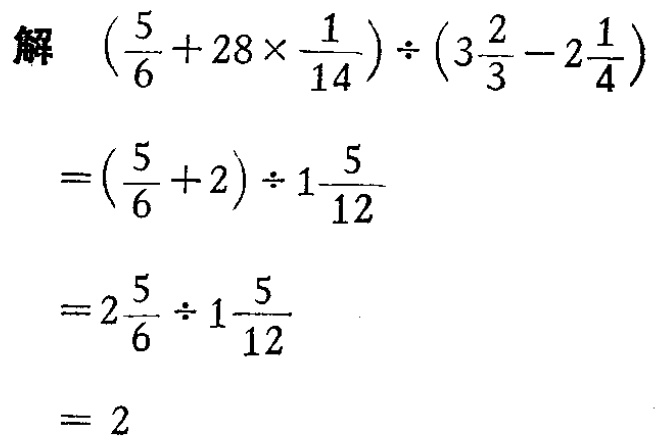
解 \(\left(\frac{5}{6}+28\times\frac{1}{14}\right)\div\left(3\frac{2}{3}-2\frac{1}{4}\right)\)

\(=\left(\frac{5}{6}+2\right)\div1\frac{5}{12}\)

\(=2\frac{5}{6}\div1\frac{5}{12}\)

\(= 2\)